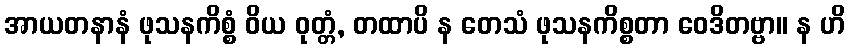
အာယတနာနံ ဖုသနကိစ္စံ ဝိယ ဝုတ္တံ, တထာပိ န တေသံ ဖုသနကိစ္စတာ ဝေဒိတဗ္ဗာ။ န ဟိ